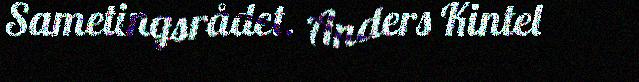
Sametingsrådet. Anders Kintel